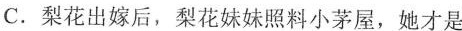
C.梨花出嫁后，梨花妹妹照料小茅屋，她才是